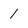
Character: 1